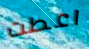
اعطت